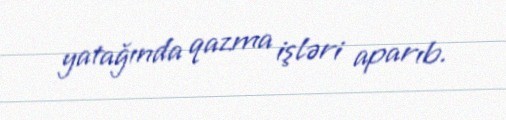
yatağında qazma işləri aparıb.